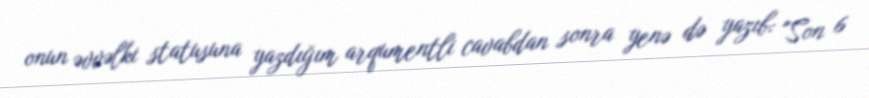
onun əvvəlki statusuna yazdığım arqumentli cavabdan sonra yenə də yazıb: "Son 6